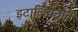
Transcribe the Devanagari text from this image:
इटालियनाने